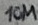
Text: 10M